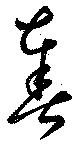
奏